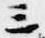
三